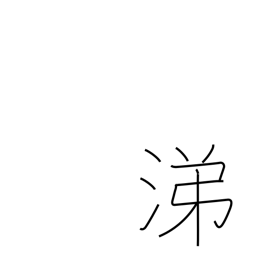
Meaning: sympathy